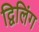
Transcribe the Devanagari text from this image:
द्विलिंग